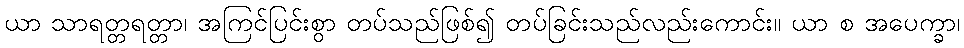
ယာ သာရတ္တရတ္တာ၊ အကြင်ပြင်းစွာ တပ်သည်ဖြစ်၍ တပ်ခြင်းသည်လည်းကောင်း။ ယာ စ အပေက္ခာ၊